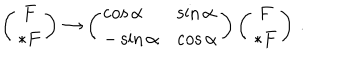
LaTeX: \left( \begin{array} { c } { { F } } \\ { { * F } } \\ \end{array} \right) \rightarrow \left( \begin{array} { l l } { { \cos \alpha } } & { { \sin \alpha } } \\ { { - \sin \alpha } } & { { \cos \alpha } } \\ \end{array} \right) \left( \begin{array} { c } { { F } } \\ { { * F } } \\ \end{array} \right) \, .